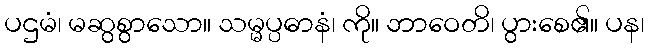
ပဌမံ၊ မဆွစွာသော။ သမ္မပ္ပဓာနံ၊ ကို။ ဘာဝေတိ၊ ပွားစေ၏။ ပန၊